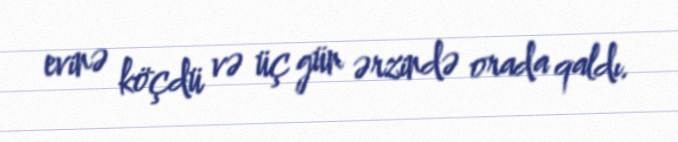
evinə köçdü və üç gün ərzində orada qaldı.